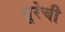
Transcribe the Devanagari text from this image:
सूरेची